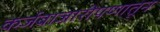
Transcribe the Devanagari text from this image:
कर्जबाजारीपणातून